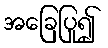
အခြေပြု၍